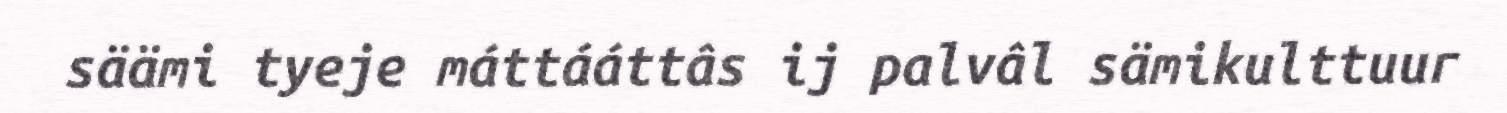
säämi tyeje máttááttâs ij palvâl sämikulttuur